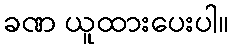
ခဏ ယူထားပေးပါ။